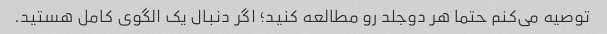
توصیه می‌کنم حتما هر دو‌جلد رو‌ مطالعه کنید؛ اگر دنبال یک الگوی کامل هستید.